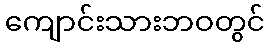
ကျောင်းသားဘဝတွင်